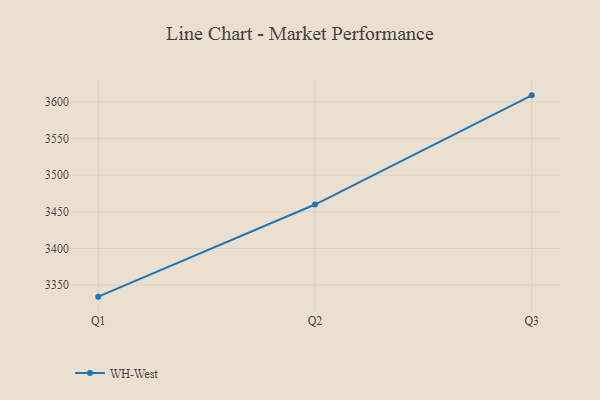
{"axis": {"x": "Quarter", "y": "Website Visitors"}, "legend": ["WH-West"], "data": [{"x": "Q1", "y": 3334.2, "type": "WH-West"}, {"x": "Q2", "y": 3460.0, "type": "WH-West"}, {"x": "Q3", "y": 3609.1, "type": "WH-West"}]}